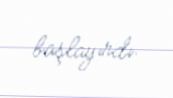
başlayırdı.